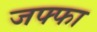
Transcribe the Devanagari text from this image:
जफ्फा